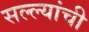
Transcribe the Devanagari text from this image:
सल्ल्यांची